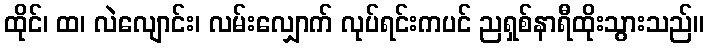
ထိုင်၊ ထ၊ လဲလျောင်း၊ လမ်းလျှောက် လုပ်ရင်းကပင် ညရှစ်နာရီထိုးသွားသည်။